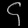
Digit: ၄